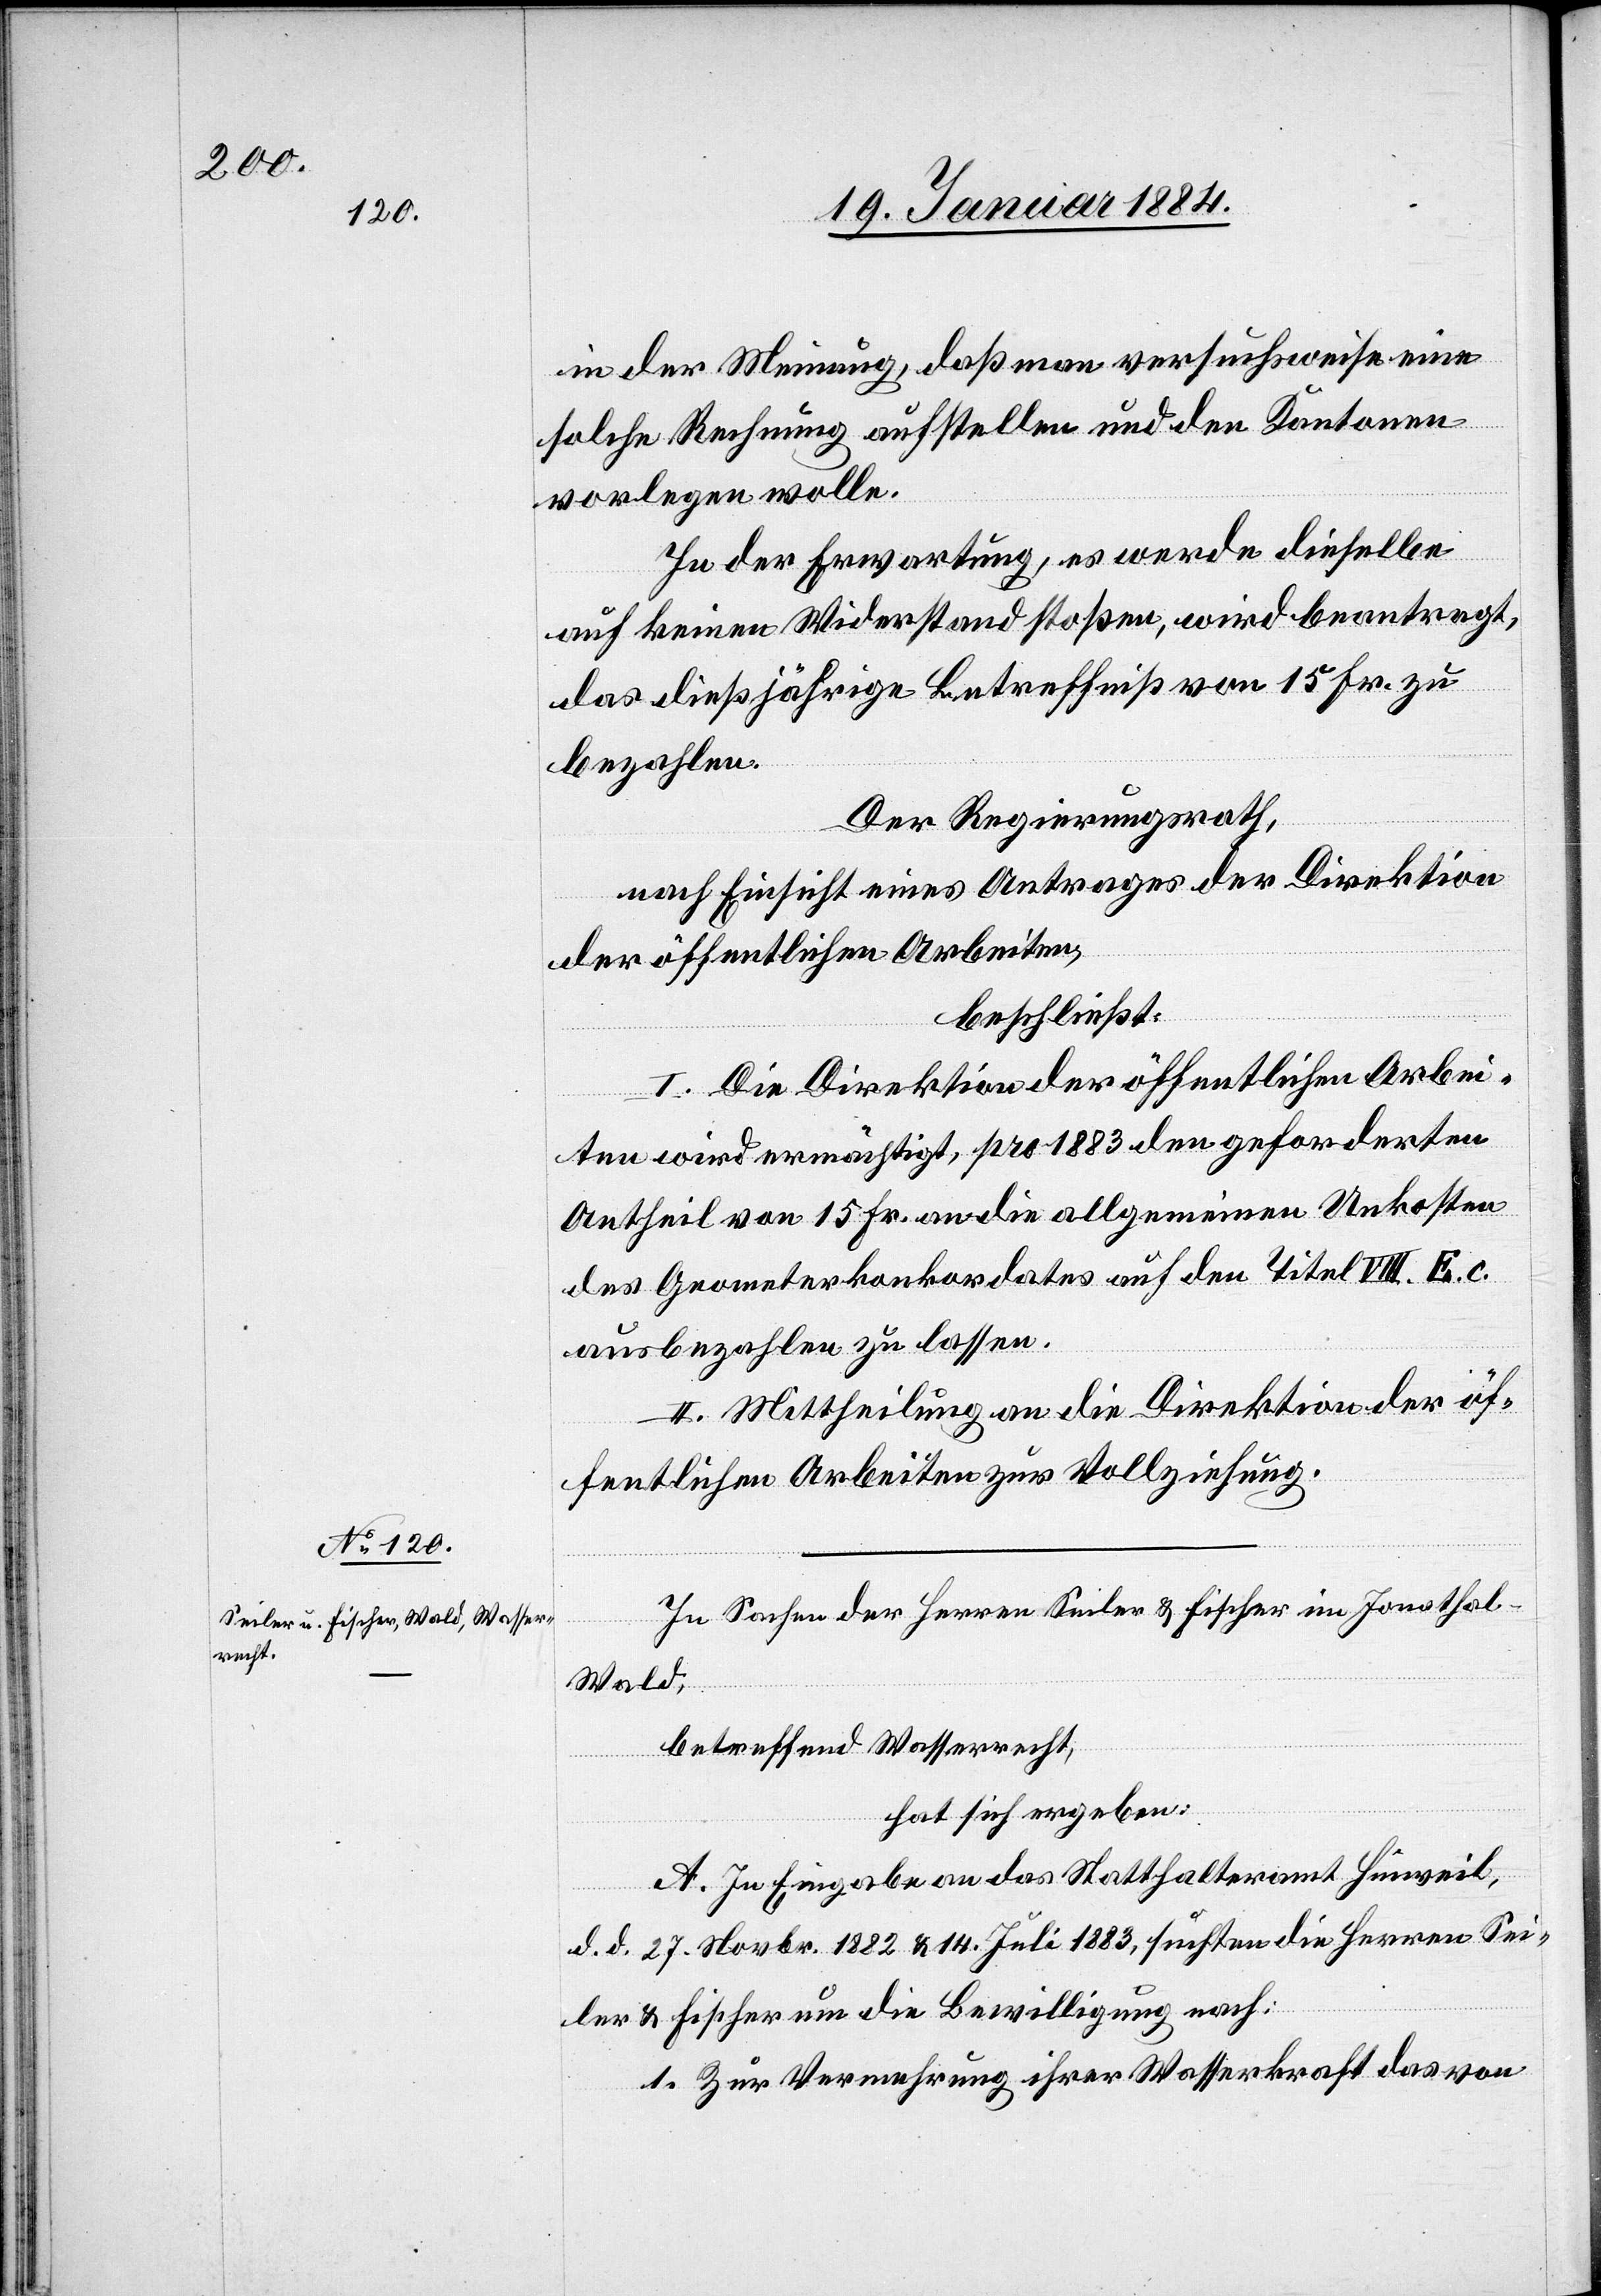
in der Meinung, daß man versuchsweise eine
solche Rechnung aufstellen und den Kantonen
vorlegen wolle.
In der Erwartung, es werde dieselbe
auf keinen Widerstand stoßen, wird beantragt,
das dießjährige Betreffniß von 15 Fr. zu
bezahlen.
Der Regierungsrath,
nach Einsicht eines Antrages der Direktion
der öffentlichen Arbeiten,
beschließt:
I. Die Direktion der öffentlichen Arbei¬
ten wird ermächtigt, pro 1883 den geforderten
Antheil von 15 Fr. an die allgemeinen Unkosten
des Geometerkonkordates auf den Titel VII E. c.
auszubezahlen zu lassen.
II. Mittheilung an die Direktion der öf¬
fentlichen Arbeiten zur Vollziehung.
In Sachen der Herren Seiler & Fischer im Jonathal
Wald,
betreffend Wasserrecht,
hat sich ergeben:
A. In Eingabe an das Statthalteramt Hinweil,
d. d. 27. Novbr. 1882 & 14. Juli 1883, suchten die Herren Sei¬
ler & Fischer um die Bewilligung nach:
1. Zur Vermehrung ihrer Wasserkraft das von